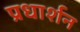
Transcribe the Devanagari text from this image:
प्रधार्शन